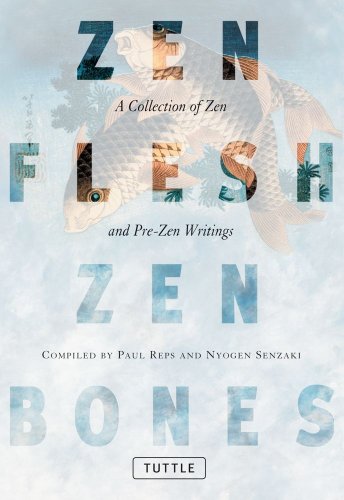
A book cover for Zen Flesh Zen Bones: A Collection of Zen and Pre-Zen Writings; Religion & Spirituality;